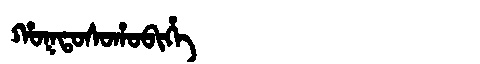
Manchu: ᡥᠣᡴᡨᠣᠰᠣᡥᠣᠪᡳᡥᡝ
Romanization: HOKTOSOHOBIHE